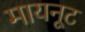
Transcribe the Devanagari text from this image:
मायनूट